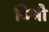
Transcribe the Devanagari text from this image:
विभौ